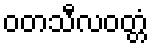
ဝတသီလဝတ္တံ